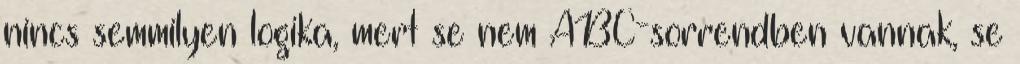
nincs semmilyen logika, mert se nem ABC-sorrendben vannak, se